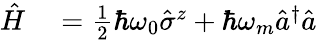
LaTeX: \begin{array}{rl}{\hat{H}}&{{}=\frac{1}{2}\hbar\omega_{0}\hat{\sigma}^{z}+\hbar\omega_{m}\hat{a}^{\dagger}\hat{a}}\end{array}